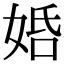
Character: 𡜶